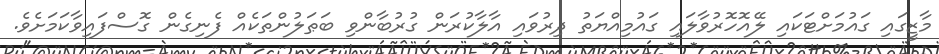
މާޒީގައި ގައުމަށްޓަކައި ލޭއޮހޮރުވާލައި ގައުމިއްޔަތު ދިރުވައި އާލާކުރަން ގުރުބާންވި ބަޠަލުންތަކެއް ފެނިގެން ގޮސްފައިވާކަމަށެވެ.